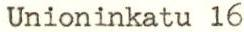
Unioninkatu 16